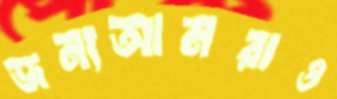
জন্যআমরাও